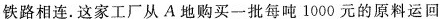
铁路120km公路10km铁路相连。这家工厂从A地购买一批每吨1000元的原料运回